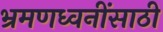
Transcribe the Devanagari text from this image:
भ्रमणध्वनींसाठी